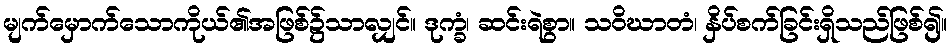
မျက်မှောက်သောကိုယ်၏အဖြစ်၌သာလျှင်။ ဒုက္ခံ၊ ဆင်းရဲစွာ။ သဝိဃာတံ၊ နှိပ်စက်ခြင်းရှိသည်ဖြစ်၍။